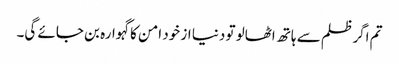
تم اگر ظلم سے ہاتھ اٹھالو تو دنیا از خود امن کا گہوارہ بن جائے گی۔